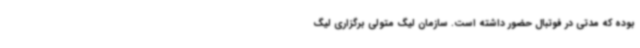
بوده که مدتی در فوتبال حضور داشته است. سازمان لیگ متولی برگزاری لیگ